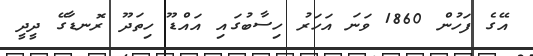
އޭގެ ފަހުން 1860 ވަނަ އަހަރު ހިސާބުގައި އައްޑޫ ހިތަދޫ ރޮނޑާގޭ ދީދީ